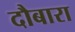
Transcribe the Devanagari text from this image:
दौबारा